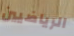
الرياضيين